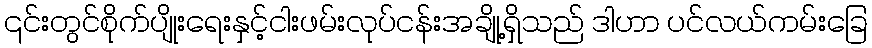
၎င်းတွင်စိုက်ပျိုးရေးနှင့်ငါးဖမ်းလုပ်ငန်းအချို့ရှိသည် ဒါဟာ ပင်လယ်ကမ်းခြေ